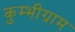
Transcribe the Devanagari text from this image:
कुम्भीग्राम